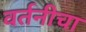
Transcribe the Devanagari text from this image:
वर्तनीचा